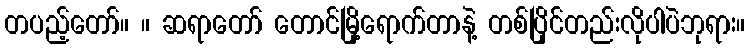
တပည့်တော်။ ။ ဆရာတော် တောင်မြို့ရောက်တာနဲ့ တစ်ပြိုင်တည်းလိုပါပဲဘုရား။